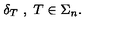
\delta _ { T } \ , \ T \in \Sigma _ { n } .